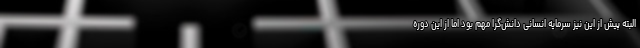
البته پیش از این نیز سرمایه انسانی دانش‌گرا مهم بود اما از این دوره